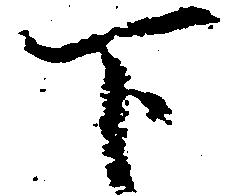
下